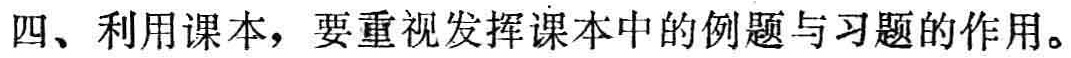
四、利用课本，要重视发挥课本中的例题与习题的作用。